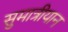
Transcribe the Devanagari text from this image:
सुमात्रीयान